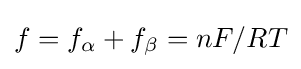
f=f_{\alpha }+f_{\beta }=nF/RT